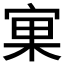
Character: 𱚉